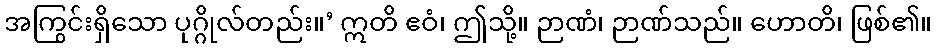
အကြွင်းရှိသော ပုဂ္ဂိုလ်တည်း။’ ဣတိ ဧဝံ၊ ဤသို့။ ဉာဏံ၊ ဉာဏ်သည်။ ဟောတိ၊ ဖြစ်၏။